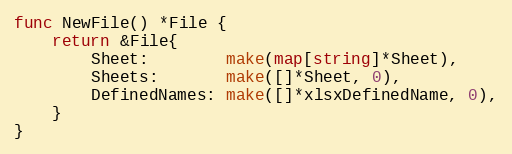
Language: Go
func NewFile() *File {
	return &File{
		Sheet:        make(map[string]*Sheet),
		Sheets:       make([]*Sheet, 0),
		DefinedNames: make([]*xlsxDefinedName, 0),
	}
}